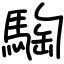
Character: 騊